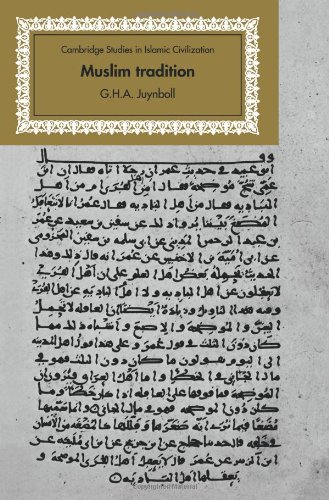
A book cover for Muslim Tradition: Studies in Chronology, Provenance and Authorship of Early Hadith (Cambridge Studies in Islamic Civilization); G. H. A. Juynboll; Religion & Spirituality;